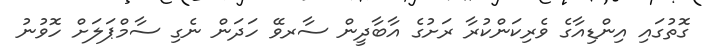
ގޮތުގައި އިންޑިއާގެ ވެރިކަންކުރާ ރަށުގެ އާބާދީން ސާރވޭ ހަދަން ނެގި ސާމްޕަލަށް ހޮވުނު